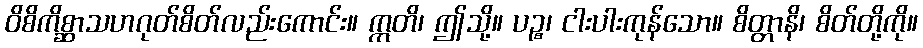
ဝိစိကိစ္ဆာသဟဂုတ်စိတ်လည်းကောင်း။ ဣတိ၊ ဤသို့။ ပဉ္စ၊ ငါးပါးကုန်သော။ စိတ္တာနိ၊ စိတ်တို့ကို။